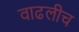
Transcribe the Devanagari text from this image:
वाढलीच